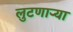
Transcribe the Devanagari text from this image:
लुटणाऱ्या